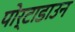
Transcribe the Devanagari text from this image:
पोर्टाडाउन